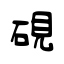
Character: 硯